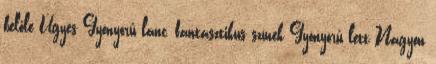
belőle Ügyes Gyönyörű lánc, fantasztikus színek Gyönyörű lett Nagyon